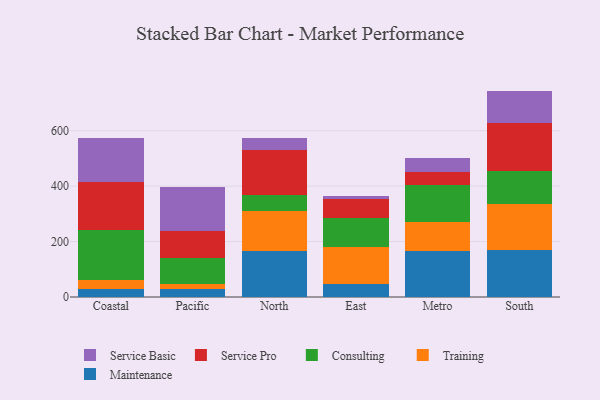
{"axis": {"x": "Region", "y": "Inventory Turnover"}, "legend": ["Consulting", "Maintenance", "Service Basic", "Service Pro", "Training"], "data": [{"x": "Coastal", "y": 29.9, "type": "Maintenance"}, {"x": "Coastal", "y": 32.1, "type": "Training"}, {"x": "Coastal", "y": 179.5, "type": "Consulting"}, {"x": "Coastal", "y": 175.2, "type": "Service Pro"}, {"x": "Coastal", "y": 156.5, "type": "Service Basic"}, {"x": "Pacific", "y": 29.5, "type": "Maintenance"}, {"x": "Pacific", "y": 19.0, "type": "Training"}, {"x": "Pacific", "y": 90.6, "type": "Consulting"}, {"x": "Pacific", "y": 98.6, "type": "Service Pro"}, {"x": "Pacific", "y": 158.2, "type": "Service Basic"}, {"x": "North", "y": 165.2, "type": "Maintenance"}, {"x": "North", "y": 144.5, "type": "Training"}, {"x": "North", "y": 59.0, "type": "Consulting"}, {"x": "North", "y": 160.3, "type": "Service Pro"}, {"x": "North", "y": 44.3, "type": "Service Basic"}, {"x": "East", "y": 48.4, "type": "Maintenance"}, {"x": "East", "y": 130.5, "type": "Training"}, {"x": "East", "y": 104.7, "type": "Consulting"}, {"x": "East", "y": 71.8, "type": "Service Pro"}, {"x": "East", "y": 8.6, "type": "Service Basic"}, {"x": "Metro", "y": 166.9, "type": "Maintenance"}, {"x": "Metro", "y": 102.3, "type": "Training"}, {"x": "Metro", "y": 133.3, "type": "Consulting"}, {"x": "Metro", "y": 47.5, "type": "Service Pro"}, {"x": "Metro", "y": 52.8, "type": "Service Basic"}, {"x": "South", "y": 168.9, "type": "Maintenance"}, {"x": "South", "y": 168.1, "type": "Training"}, {"x": "South", "y": 116.4, "type": "Consulting"}, {"x": "South", "y": 175.0, "type": "Service Pro"}, {"x": "South", "y": 115.4, "type": "Service Basic"}]}